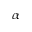
\alpha